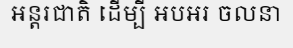
អន្តរជាតិ ដើម្បី អបអរ ចលនា